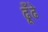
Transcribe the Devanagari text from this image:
ढूँढे